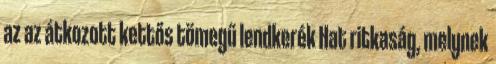
az az átkozott kettős tömegű lendkerék Hat ritkaság, melynek